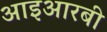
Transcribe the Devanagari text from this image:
आइआरबी